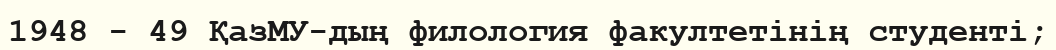
1948 - 49 ҚазМУ-дың филология факултетінің студенті;